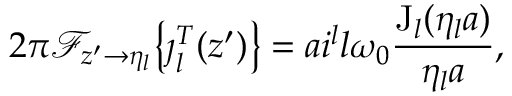
2 \pi \mathcal { F } _ { z ^ { \prime } \rightarrow \eta _ { l } } \big \{ \boldsymbol { \jmath } _ { l } ^ { T } ( z ^ { \prime } ) \big \} = a i ^ { l } l \omega _ { 0 } \frac { \mathrm { J } _ { l } ( \eta _ { l } a ) } { \eta _ { l } a } ,